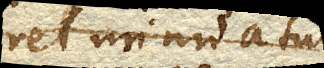
vel minuatur